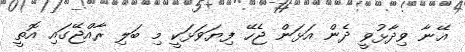
އޭނާ ވިދާޅުވީ ދެން އަޅަން ޖެހޭ ފިޔަވަޅަކީ މި ބަލި ރާއްޖޭގައި އޮތީ